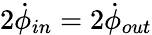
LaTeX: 2\dot{\phi}_{in}=2\dot{\phi}_{out}